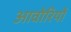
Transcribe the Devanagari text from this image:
आवोरियों